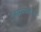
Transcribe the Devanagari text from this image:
सिद्धांतवादिओ